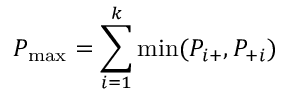
P _ { \operatorname* { m a x } } = \sum _ { i = 1 } ^ { k } \operatorname* { m i n } ( P _ { i + } , P _ { + i } )